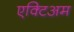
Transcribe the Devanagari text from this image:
एक्टिअम